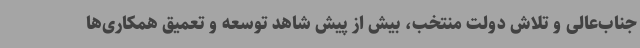
جناب‌عالی و تلاش دولت منتخب، بیش از پیش شاهد توسعه و تعمیق همکاری‌ها